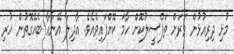
މުޅި ދިރިއުޅުން ވަރަށް ތަފްސީލުކޮށް ހާމަ ކޮށްފައިވެއެވެ. އާދިލާ އޭނާއާ ބެހޭގޮތުން ހުރި